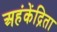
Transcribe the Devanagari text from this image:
अहंकेंद्रिता